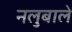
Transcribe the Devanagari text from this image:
नलुबाले